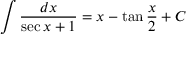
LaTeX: \int { \frac { d x } { \sec { x } + 1 } } = x - \tan { \frac { x } { 2 } } + C